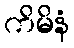
ကိမိနံ